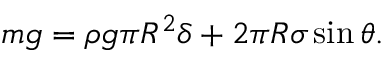
\begin{array} { r } { m g = \rho g \pi R ^ { 2 } \delta + 2 \pi R \sigma \sin \theta . } \end{array}